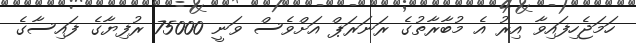
ހަމަޖެހިފައިވާ އިރު އެ މުބާރާތުގެ ރަނަރަޕް އަށްވެސް ވަނީ 75000 ރުފިޔާގެ ފައިސާގެ